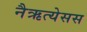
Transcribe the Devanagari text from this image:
नैऋत्येसस